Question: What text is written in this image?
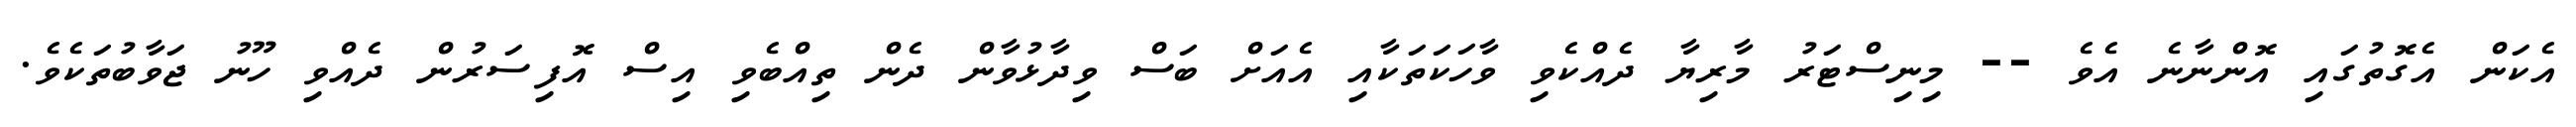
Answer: އެކަން އެގޮތުގައި އޮންނާނެ އެވެ -- މިނިސްޓަރު މާރިޔާ ދެއްކެވި ވާހަކަތަކާއި އެއަށް ބަސް ވިދާޅުވާން ދެން ތިއްބެވި އިސް އޮފިސަރުން ދެއްވި ހޫނު ޖަވާބުތަކެވެ.